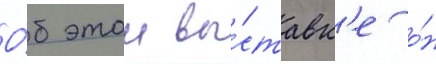
О́б этои вы́ставк'е о́н